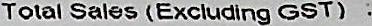
TOTAL SALES(EXCLUDING GST) :